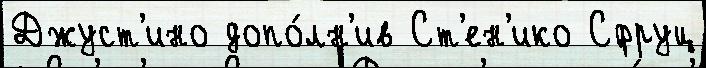
Джуст'ино допо́лн'ив Ст'ен'ико Сфруц